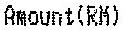
AMOUNT(RM)